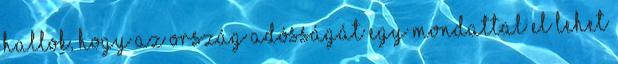
hallok, hogy az ország adósságát egy mondattal el lehet